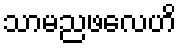
သာမညဖလေဟိ